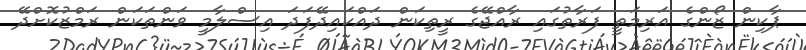
ޕާކިން ޒޯންގެ އަރިމަތީ ފަރާތުގައި ރާއްޖޭގެ ރީތިކަން ދައްކައިދޭފަދަ އިސްލާމީ ވަންތަަކަން ރަމްޒުކޮށްދޭ